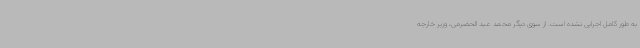
به طور کامل اجرایی نشده است. از سوی دیگر محمد عبد الحضرمی، وزیر خارجه